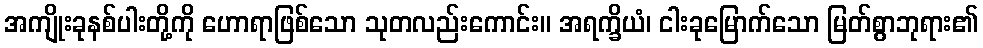
အကျိုးခုနစ်ပါးတို့ကို ဟောရာဖြစ်သော သုတလည်းကောင်း။ အရက္ခိယံ၊ ငါးခုမြောက်သော မြတ်စွာဘုရား၏